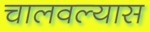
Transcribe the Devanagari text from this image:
चालवल्यास